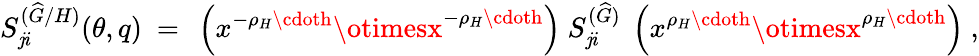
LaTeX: S_{\mathit{j}i}^{({\widehat{G}}/H)}(\theta,q)~=~\left(x^{-\rho_{H}\cdoth}\otimesx^{-\rho_{H}\cdoth}\right)~S_{\mathit{j}i}^{({\widehat{G}})}~\left(x^{\rho_{H}\cdoth}\otimesx^{\rho_{H}\cdoth}\right)\ ,